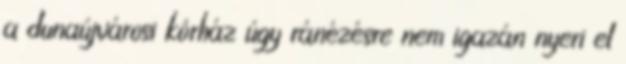
a dunaújvárosi kórház úgy ránézésre nem igazán nyeri el